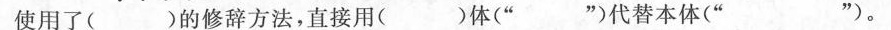
使用了( )的修辞方法，直接用( )体(” ”)代替本体(” ”)。